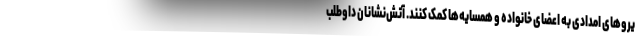
یروهای امدادی به اعضای خانواده و همسایه‌ها کمک کنند. آتش‌نشانان داوطلب